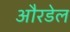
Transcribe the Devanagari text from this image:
औरडेल